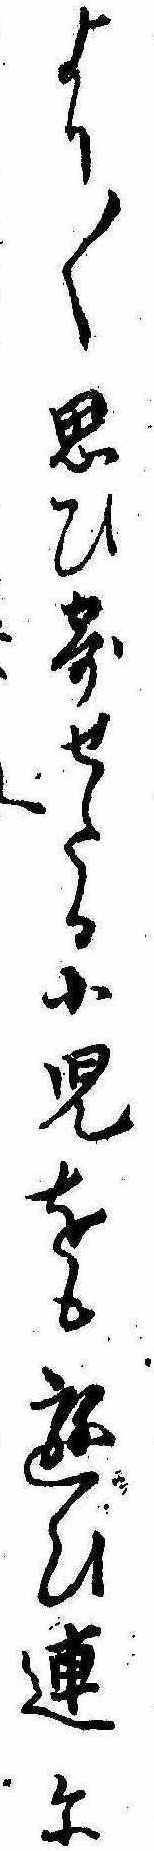
より〱思ひ寄せたる小児をも遊ひ連に